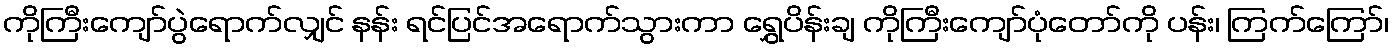
ကိုကြီးကျော်ပွဲရောက်လျှင် နန်း ရင်ပြင်အရောက်သွားကာ ရွှေပိန်းချ ကိုကြီးကျော်ပုံတော်ကို ပန်း၊ ကြက်ကြော်၊